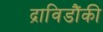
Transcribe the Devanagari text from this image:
द्राविडौंकी